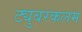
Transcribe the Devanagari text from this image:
ट्युबरकलम